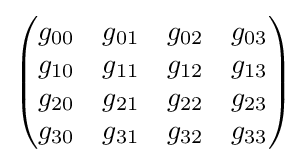
{\begin{pmatrix}g_{00}&g_{01}&g_{02}&g_{03}\\g_{10}&g_{11}&g_{12}&g_{13}\\g_{20}&g_{21}&g_{22}&g_{23}\\g_{30}&g_{31}&g_{32}&g_{33}\\\end{pmatrix}}